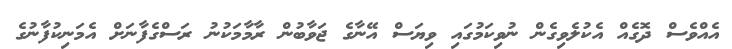
އެއްވެސް ދޮގެއް އެކުލެވިގެން ނުވިކަމުގައި ވިޔަސް އޭނާގެ ޖަވާބުން ރާމާމަކުނު ރަސްގެފާނަށް އެމަނިކުފާނުގެ